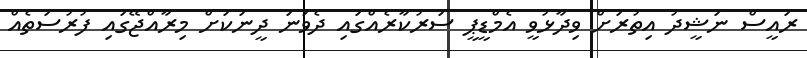
ރައީސް ނަޝީދު އިތުރަށް ވިދާޅުވީ އެމްޑީޕީ ސަރުކާރެއްގައި ދެވަނަ ދީނަކަށް މިރާއްޖޭގައި ފުރުސަތެއް